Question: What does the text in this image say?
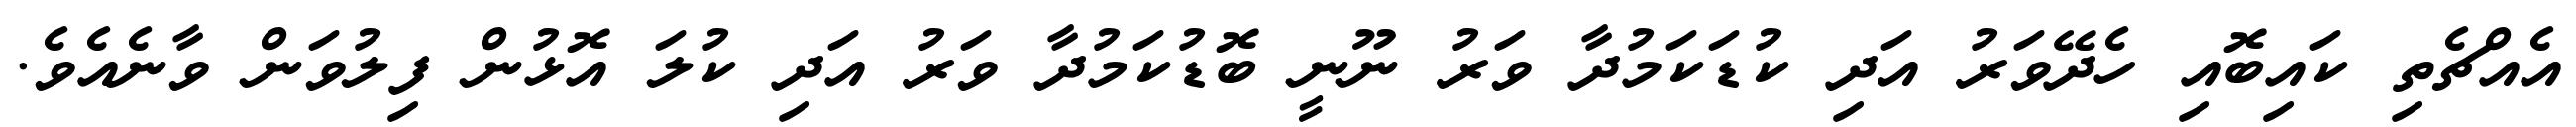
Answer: އެއްޗެތި ކައިބޮއި ހެދޭވަރު އަދި ކުޑަކަމުދާ ވަރު ނޫނީ ބޮޑުކަމުދާ ވަރު އަދި ކުލަ އޮޅުން ފިލުވަން ވާނެއެވެ.